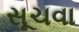
સૂચવા